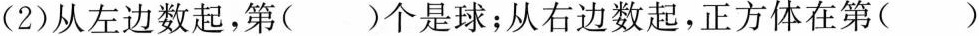
(2)从左边数起，第()个是球；从右边数起，正方体在第()